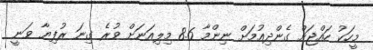
މީހަކު ހައްޖަށް ގެންދިއުމަށް ނިންމާ 8.6 މިލިއަނަށް ވުރެ ގިނަ ރުފިޔާ ވަނީ